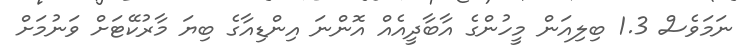
ނަމަވެސް 1.3 ބިލިއަން މީހުންގެ އާބާދީއެއް އޮންނަ އިންޑިއާގެ ބިޔަ މާރުކޭޓަށް ވަނުމަށް